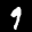
Label: 9